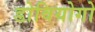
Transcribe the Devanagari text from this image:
डोवियोगो